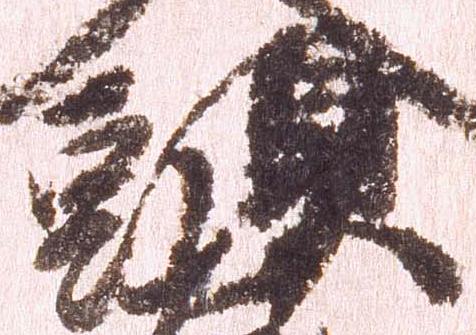
頭